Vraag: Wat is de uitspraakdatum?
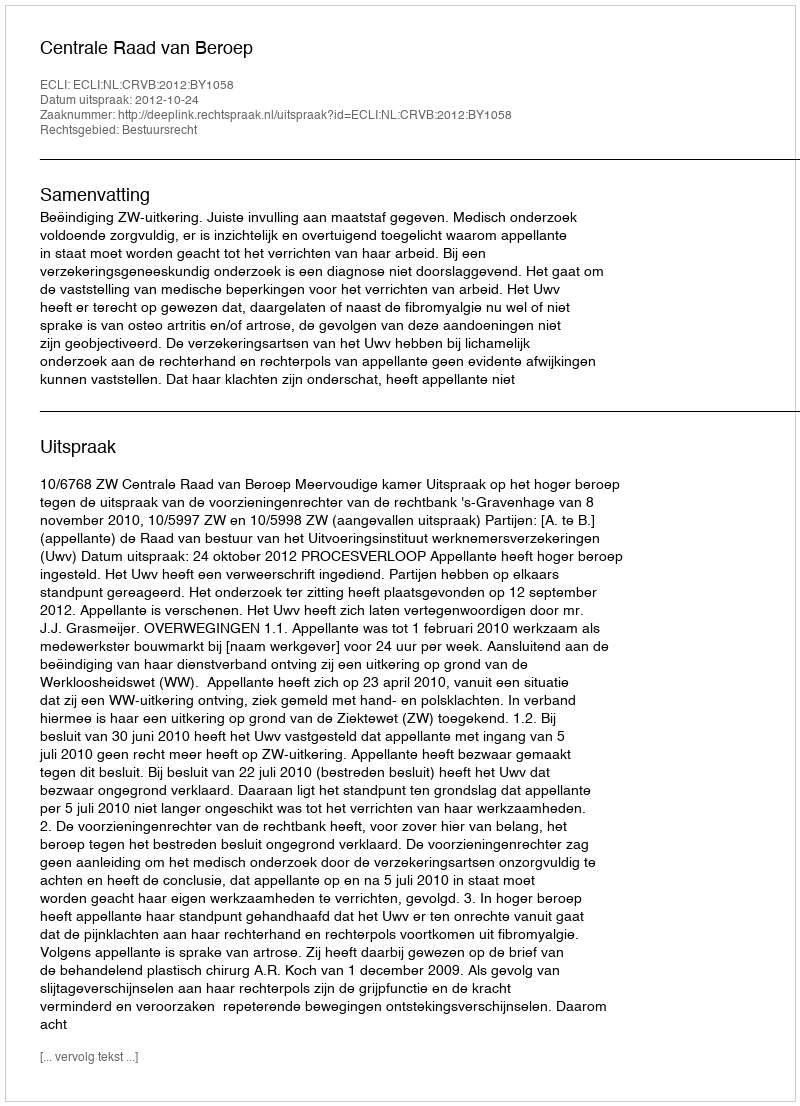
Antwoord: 2012-10-24